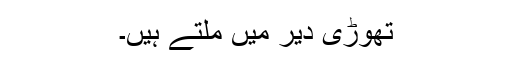
تھوڑی دیر میں ملتے ہیں۔